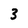
Character: 3